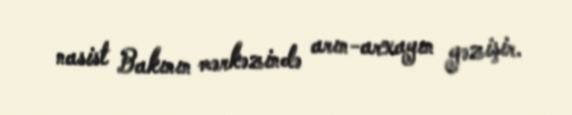
nasist Bakının mərkəzində arın-arxayın gəzişir.